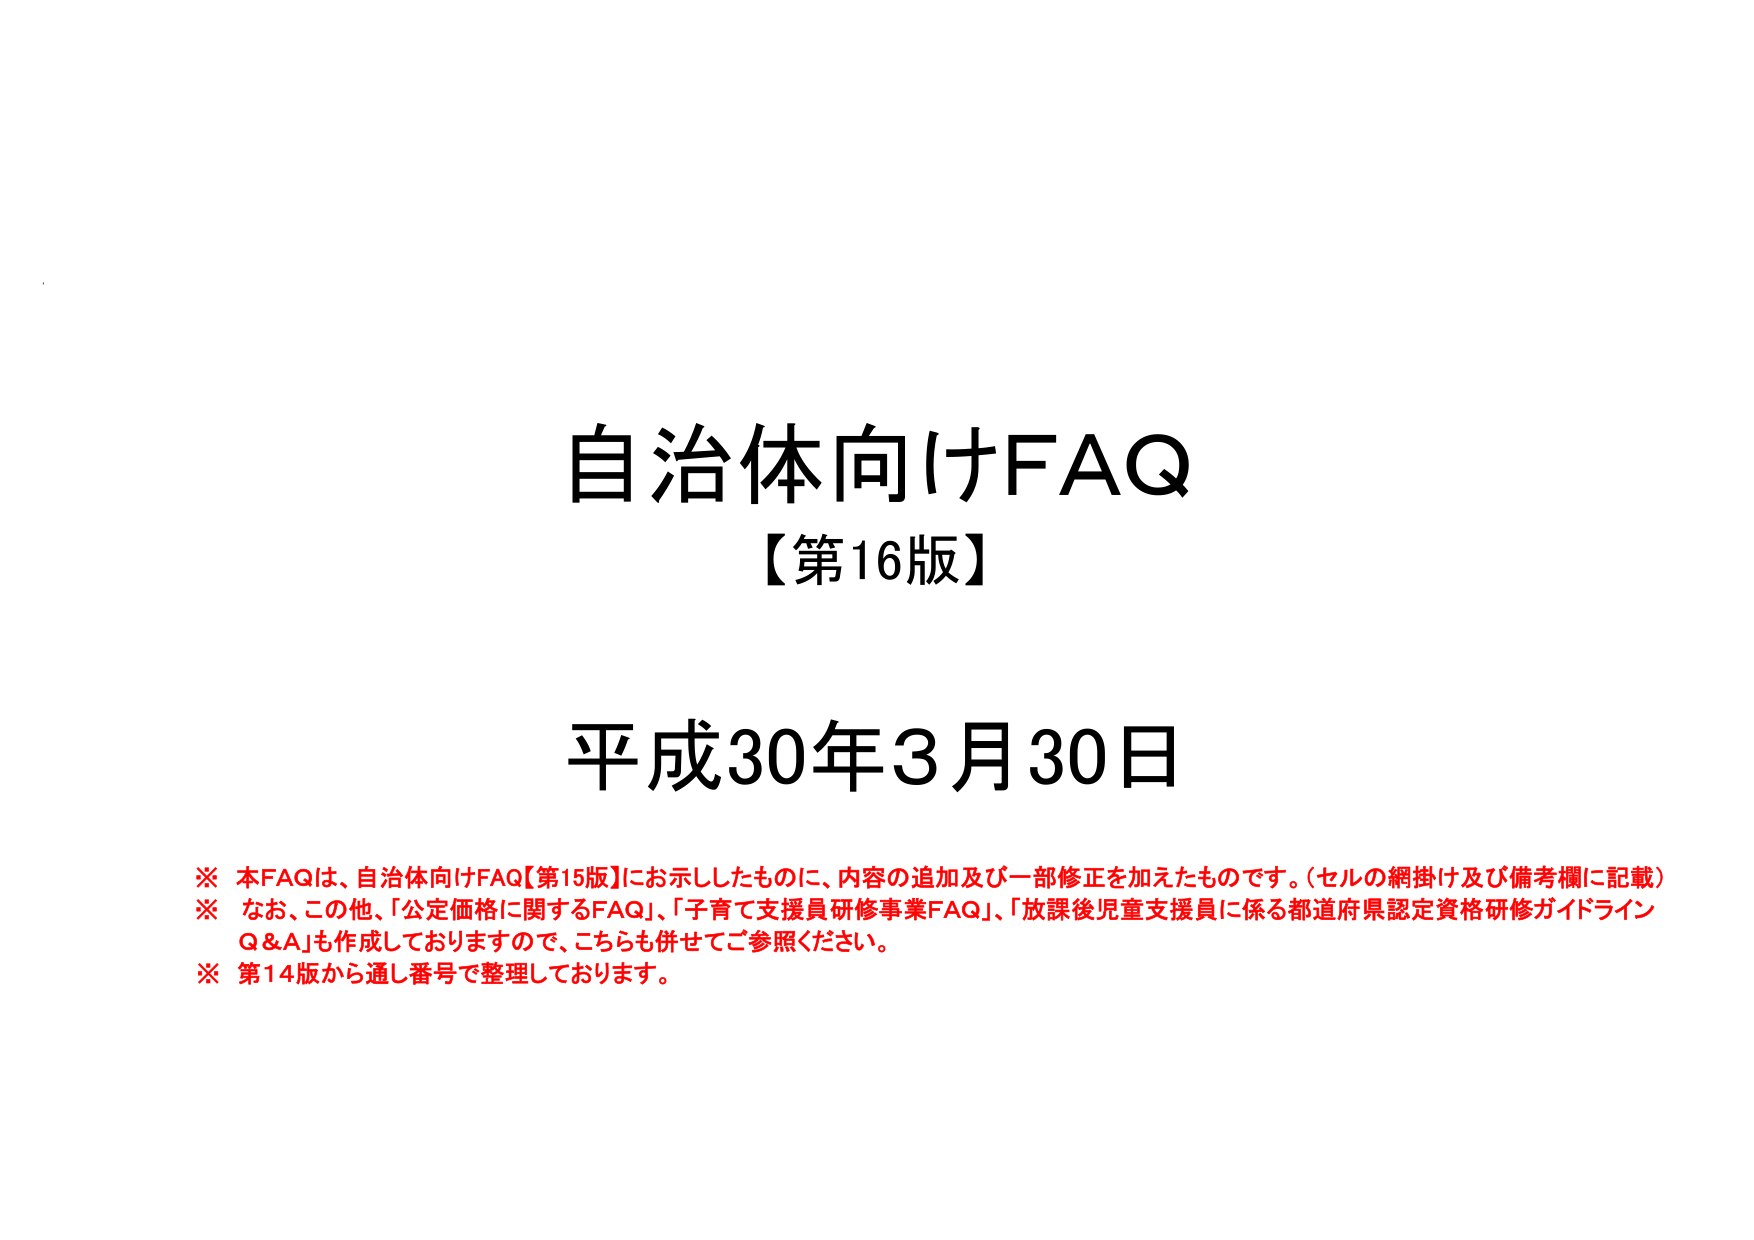
自治体向けFAQ
【第16版】

平成30年3月30日

※ 本FAQは、自治体向けFAQ【第15版】にお示ししたものに、内容の追加及び一部修正を加えたものです。（セルの網掛け及び備考欄に記載）
※ なお、この他、「公定価格に関するFAQ」、「子育て支援員研修事業FAQ」、「放課後児童支援員に係る都道府県認定資格研修ガイドラインQ＆A」も作成しておりますので、こちらも併せてご参照ください。
※ 第14版から通し番号で整理しております。